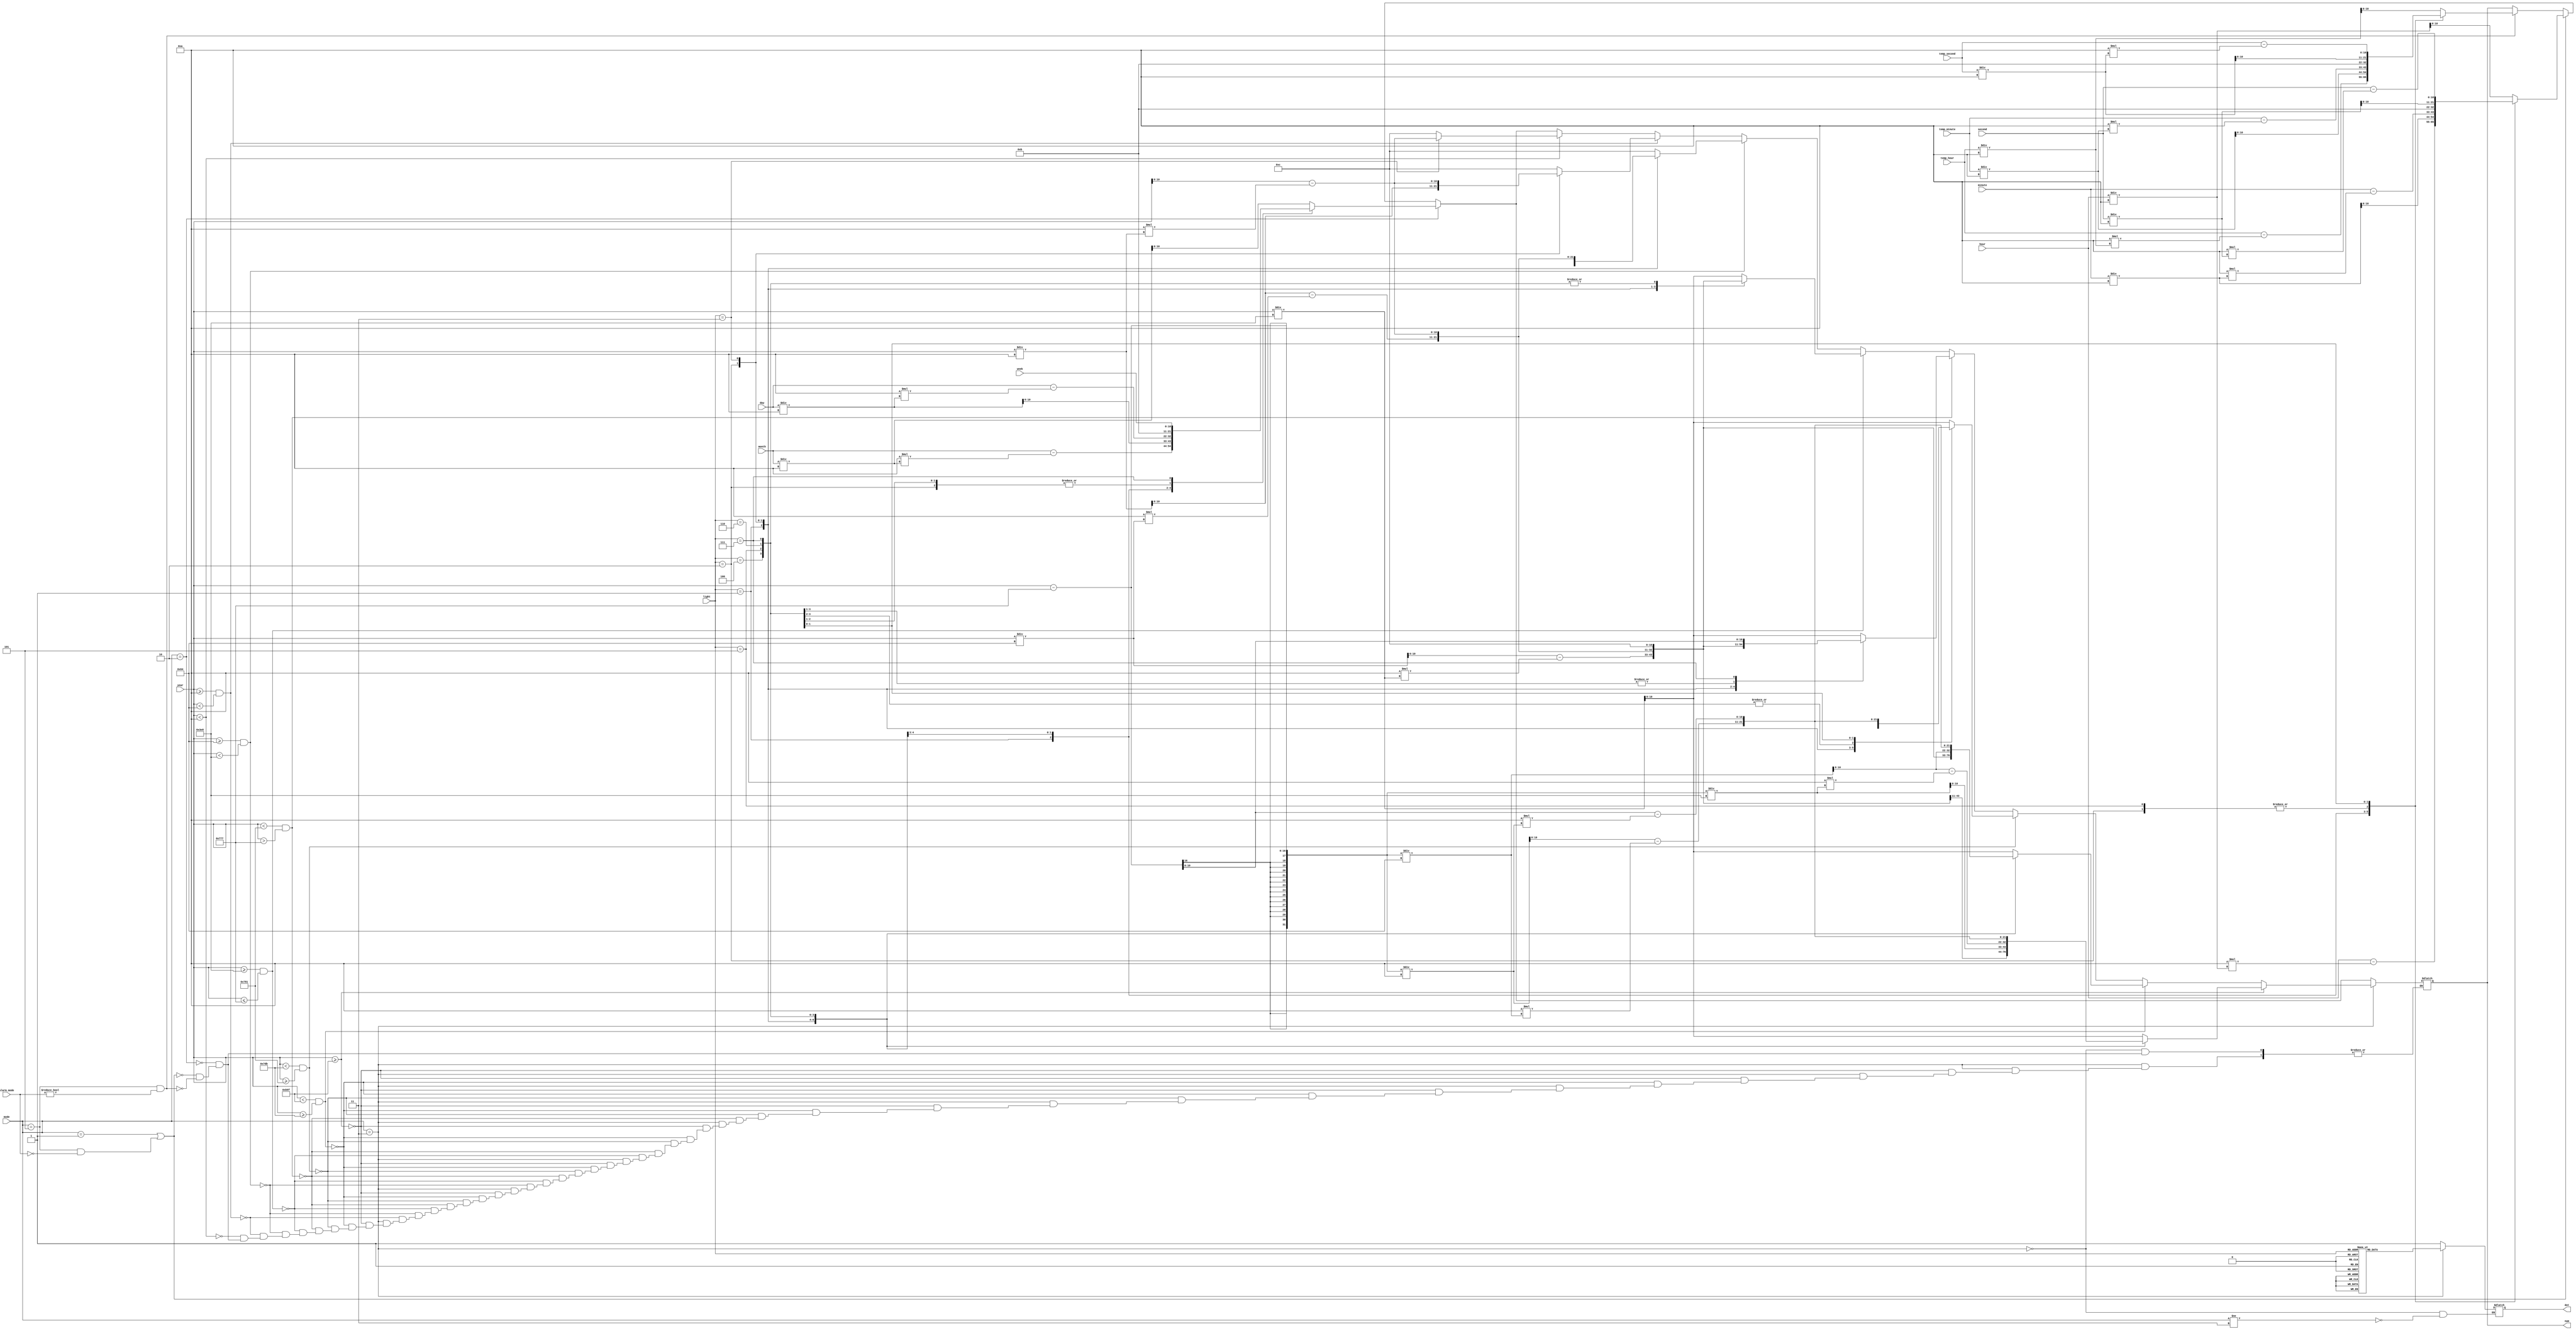
`timescale 1ns / 1ps

module basic_clk(
    input [5:0]mode,
    input [2:0]light,
    input [15:0]year, 
    input [5:0]month, 
    input [10:0]day, 
    input [10:0]hour, 
    input [10:0]minute, 
    input [10:0]second, 
    input [10:0]week,
    input [2:0]alarm_mode,
    input [10:0]temp_hour,
    input [10:0]temp_minute,
    input [10:0]temp_second,
    output reg [10:0]num,
    output reg dot
);

always @(light)
begin
if(mode == 5 && alarm_mode != 0)
begin
     case(light)
        0 : num = temp_hour / 10;
        1 : num = temp_hour - 10 * (temp_hour/10);
        2 : num = 11;
        3 : num = temp_minute / 10;
        4 : num = temp_minute - 10 * (temp_minute / 10);
        5 : num = 11;
        6 : num = temp_second / 10;
        7 : num = temp_second - 10 * (temp_second / 10);
    endcase
end

if(mode == 1 || (mode == 5 && alarm_mode == 0))
  begin 
      case(light)
        0 : num = hour / 10;
        1 : num = hour - 10 * (hour/10);
        2 : num = 11;
        3 : num = minute / 10;
        4 : num = minute - 10 * (minute / 10);
        5 : num = 11;
        6 : num = second / 10;
        7 : num = second - 10 * (second / 10);
        
    endcase
   end

if(mode == 2)  
begin    //
  case(light)
        0 : num = month / 10;
        1 : num = month - 10 * (month/10);
        2 : num = 11;
        3 : num = day / 10;
        4 : num = day - 10 * (day / 10);
        5 : num = 11;
        6 : num = 11;
        7 : num = week;
        
    endcase
end
if(mode != 3)
  dot = 1;
if(mode == 3)
begin

    case(light)
        0 : dot = 1;
        1 : dot = 1;
        2 : dot = 1;
        3 : dot = 0;
        4 : dot = 1;
        5 : dot = 1;
        6 : dot = 1;
        7 : dot = 1; 
    endcase

  if(year >= 2911)
  case(light)
        0 : num = year / 1000;
        1 : num = year / 100 - 10 * (year/1000);
        2 : num = year / 10 - 10 * (year/100);
        3 : num = year - 10 * (year/10);
        4 : num = (year - 1911) / 1000;
        5 : num = (year - 1911) / 100 - 10 * ((year - 1911) / 1000);
        6 : num = (year - 1911) / 10 - 10 * ((year - 1911) / 100) ;
        7 : num = (year - 1911) - 10 * ((year - 1911) / 10);      
    endcase

      else if(year < 2911 && year >= 2011)
  case(light)
        0 : num = year / 1000;
        1 : num = year / 100 - 10 * (year/1000);
        2 : num = year / 10 - 10 * (year/100);
        3 : num = year - 10 * (year/10);
        4 : num = 12;
        5 : num = (year - 1911) / 100;
        6 : num = (year - 1911) / 10 - 10 * ((year - 1911) / 100) ;
        7 : num = (year - 1911) - 10 * ((year - 1911) / 10);      
    endcase

     else if(year < 2011 && year >= 1921)
  case(light)
        0 : num = year / 1000;
        1 : num = year / 100 - 10 * (year/1000);
        2 : num = year / 10 - 10 * (year/100);
        3 : num = year - 10 * (year/10);
        4 : num = 12;
        5 : num = 12;
        6 : num = (year - 1911) / 10 - 10 * ((year - 1911) / 100) ;
        7 : num = (year - 1911) - 10 * ((year - 1911) / 10);      
    endcase

      else if(year < 1921 && year > 1911)
  case(light)
        0 : num = year / 1000;
        1 : num = year / 100 - 10 * (year/1000);
        2 : num = year / 10 - 10 * (year/100);
        3 : num = year - 10 * (year/10);
        4 : num = 12;
        5 : num = 12;
        6 : num = 12;
        7 : num = year - 1911;      
    endcase

   else if(year >= 1000 && year <= 1911)
  case(light)
        0 : num = year / 1000;
        1 : num = year / 100 - 10 * (year/1000);
        2 : num = year / 10 - 10 * (year/100);
        3 : num = year - 10 * (year/10);
        4 : num = 12;
        5 : num = 12;
        6 : num = 12;
        7 : num = 12;      
    endcase
    
    else if(year >= 100 && year < 1000)
  case(light)
        0 : num = 12;
        1 : num = year / 100;
        2 : num = year / 10 - 10 * (year/100);
        3 : num = year - 10 * (year/10);
        4 : num = 12;
        5 : num = 12;
        6 : num = 12;
        7 : num = 12;      
    endcase

    else if(year >= 10 && year < 100)
  case(light)
        0 : num = 12;
        1 : num = 12;
        2 : num = year / 10;
        3 : num = year - 10 * (year/10);
        4 : num = 12;
        5 : num = 12;
        6 : num = 12;
        7 : num = 12;      
    endcase

     else if(year < 10)
  case(light)
        0 : num = 12;
        1 : num = 12;
        2 : num = 12;
        3 : num = year - 10 * (year/10);
        4 : num = 12;
        5 : num = 12;
        6 : num = 12;
        7 : num = 12;      
    endcase
 end
// if(!(mode==3))
//    dot <= 1;
end
endmodule